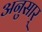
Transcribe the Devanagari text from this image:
अनुसार्